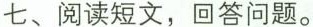
七、阅读短文，回答问题。